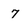
Character: 7